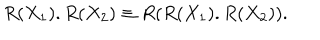
R ( X _ { 1 } ) . R ( X _ { 2 } ) \equiv R ( R ( X _ { 1 } ) . R ( X _ { 2 } ) ) .